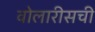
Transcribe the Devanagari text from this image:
वोलारीसची